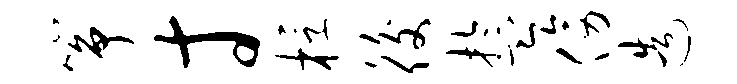
筝寸桴後盂傍造